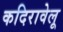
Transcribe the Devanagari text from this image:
कदिरावेलू